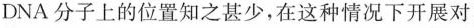
DNA分子上的位置知之甚少，在这种情况下开展对